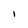
Character: I